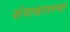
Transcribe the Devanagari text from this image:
संवादातल्या